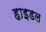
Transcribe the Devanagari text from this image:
हाइडल